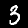
Digit: 3